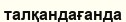
талқандағанда